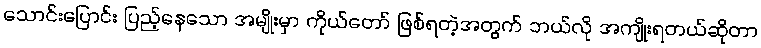
သောင်းပြောင်း ပြည့်နေသော အမျိုးမှာ ကိုယ်တော် ဖြစ်ရတဲ့အတွက် ဘယ်လို အကျိုးရတယ်ဆိုတာ